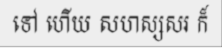
ទៅ ហើយ សហស្សសរ ក៏